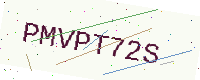
Text: PMVPT72S